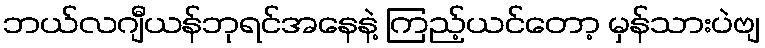
ဘယ်လဂျီယန်ဘုရင်အနေနဲ့ ကြည့်ယင်တော့ မှန်သားပဲဗျ